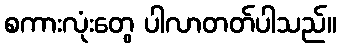
စကားလုံးတွေ ပါလာတတ်ပါသည်။